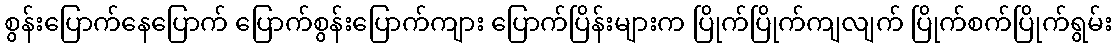
စွန်းပြောက်နေပြောက် ပြောက်စွန်းပြောက်ကျား ပြောက်ပြိန်းများက ပြိုက်ပြိုက်ကျလျက် ပြိုက်စက်ပြိုက်ရွမ်း